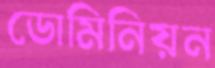
ডোমিনিয়ন